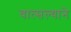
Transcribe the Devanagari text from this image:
वात्सल्याने